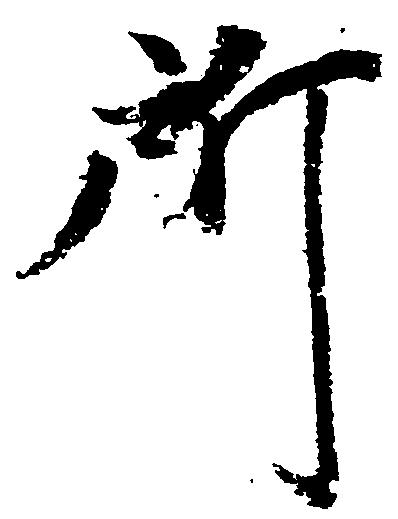
所